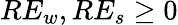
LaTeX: RE_{w},RE_{s}\ge 0